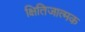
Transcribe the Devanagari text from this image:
क्षितिजात्मक